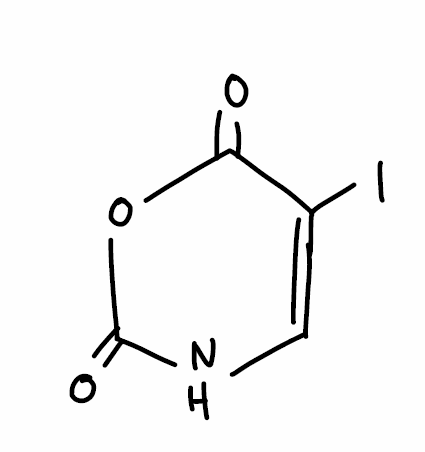
Simplified molecular-input line-entry system (SMILES) notation of the given molecule:
C1=C(C(=O)OC(=O)N1)I